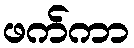
ဖက်ကာ